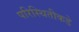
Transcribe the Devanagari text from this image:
परिस्थितीकडे